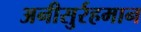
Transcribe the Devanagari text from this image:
अनीसुर्रहमान